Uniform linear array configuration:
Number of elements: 64
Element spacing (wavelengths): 0.5
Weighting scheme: cosine
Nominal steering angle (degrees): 45
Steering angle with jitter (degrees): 44.113
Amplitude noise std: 0.05
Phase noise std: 0.05

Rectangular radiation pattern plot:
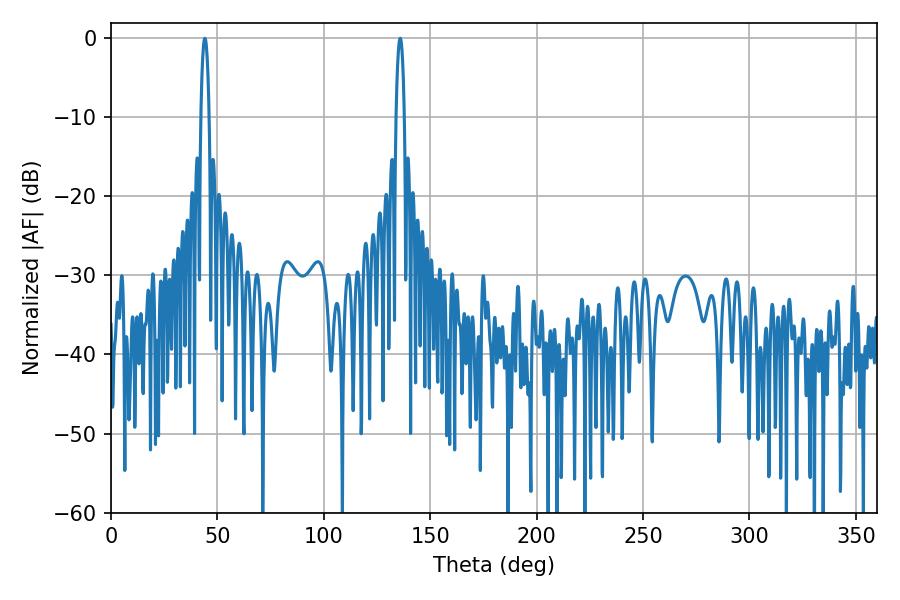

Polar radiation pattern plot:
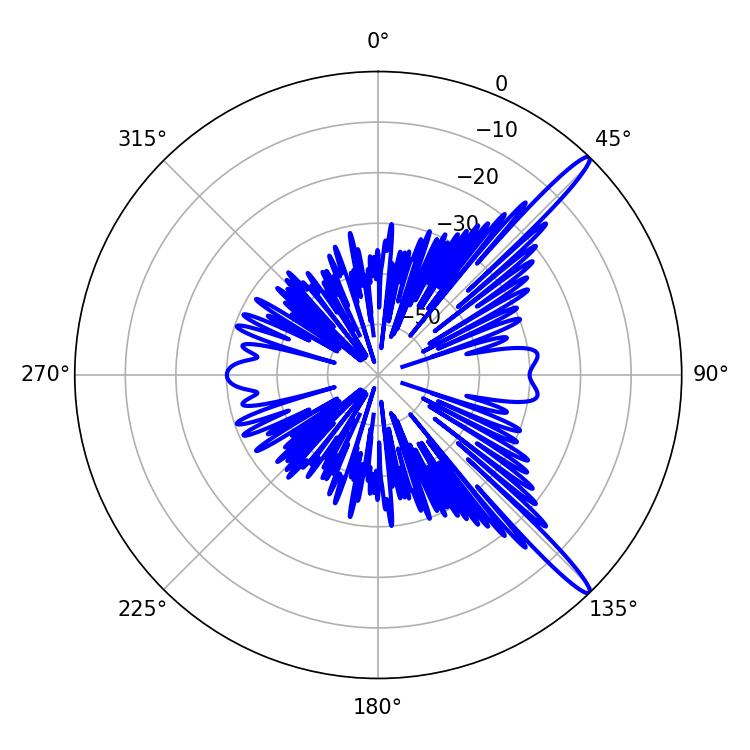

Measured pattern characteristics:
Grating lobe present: FALSE
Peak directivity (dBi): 15.158
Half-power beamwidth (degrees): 2.16
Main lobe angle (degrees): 44.1